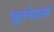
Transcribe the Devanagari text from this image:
भूलनेवाली